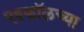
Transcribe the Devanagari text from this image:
एश्कॉलच्या